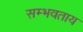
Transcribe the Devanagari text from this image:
सम्भवताय